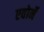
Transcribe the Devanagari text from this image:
एवोर्ने